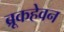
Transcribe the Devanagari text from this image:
ब्रूकहेवन